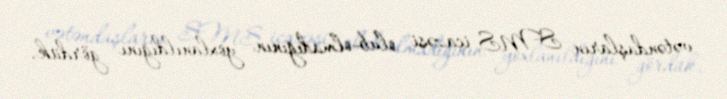
vətəndaşların SMS icazəsi olub-olmadığının yoxlanıldığını gördük.